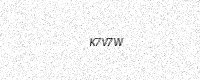
Text: K7V7W